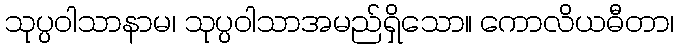
သုပ္ပဝါသာနာမ၊ သုပ္ပဝါသာအမည်ရှိသော။ ကောလိယဓီတာ၊